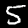
Label: 5